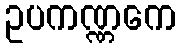
ဥပကဏ္ဏကေ